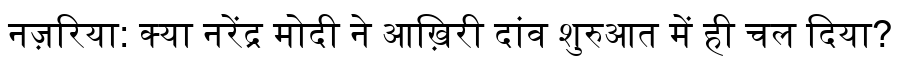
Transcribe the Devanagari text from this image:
नज़रिया: क्या नरेंद्र मोदी ने आख़िरी दांव शुरुआत में ही चल दिया?